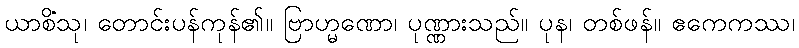
ယာစိံသု၊ တောင်းပန်ကုန်၏။ ဗြာဟ္မဏော၊ ပုဏ္ဏားသည်။ ပုန၊ တစ်ဖန်။ ဧကေကဿ၊